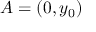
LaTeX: A = ( 0 , y _ { 0 } )